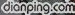
dianping.com